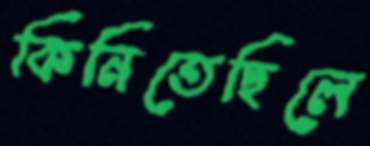
কিনিতেছিলে